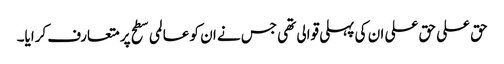
حق علی حق علی ان کی پہلی قوالی تھی جس نے ان کو عالمی سطح پر متعارف کرایا۔